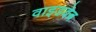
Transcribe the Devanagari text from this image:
वाइडवेब